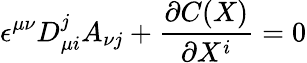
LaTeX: \epsilon^{\mu\nu}D_{\mu i}^{j}A_{\nu j}+\frac{\partial C(X)}{\partial X^{i}}=0